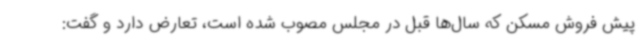
پیش فروش مسکن که سال‌ها قبل در مجلس مصوب شده است، تعارض دارد و گفت: